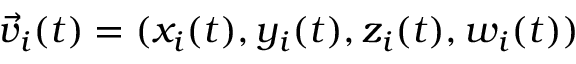
\vec { v } _ { i } ( t ) = ( x _ { i } ( t ) , y _ { i } ( t ) , z _ { i } ( t ) , w _ { i } ( t ) )